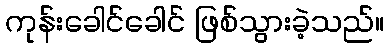
ကုန်းခေါင်ခေါင် ဖြစ်သွားခဲ့သည်။